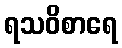
ရသဝိစာရေ